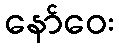
နော်ဝေး